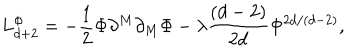
LaTeX: L _ { d + 2 } ^ { \Phi } = - \frac { 1 } { 2 } \Phi \partial ^ { M } \partial _ { M } \Phi - \lambda \frac { \left( d - 2 \right) } { 2 d } \Phi ^ { 2 d / \left( d - 2 \right) } ,